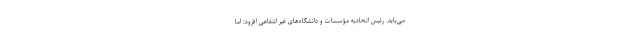
می‌یابد. رئیس اتحادیه مؤسسات و دانشگاه‌های غیر انتفاعی افزود: اما